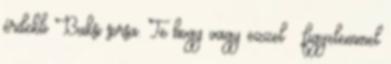
érdekli Buksi sorsa. Te hogy vagy ezzel – figyelemmel